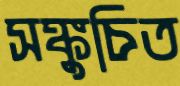
সঙ্কুচিত